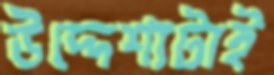
উদ্দেশ্যটাই